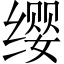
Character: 缨